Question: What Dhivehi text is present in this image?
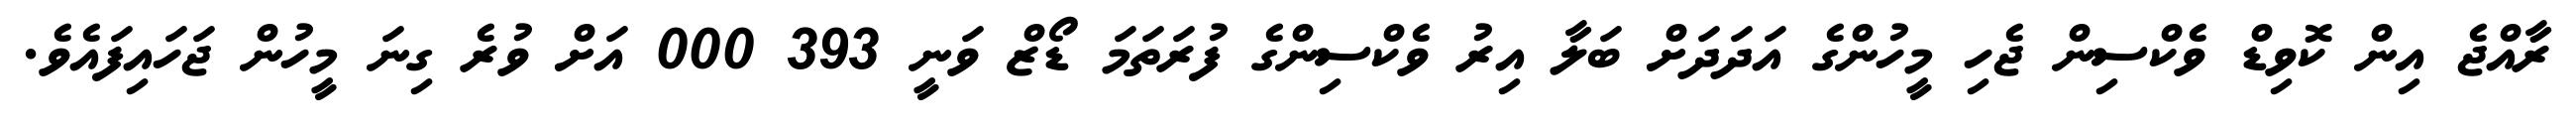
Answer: ރާއްޖެ އިން ކޮވިޑް ވެކްސިން ޖެހި މީހުންގެ އަދަދަށް ބަލާ އިރު ވެކްސިންގެ ފުރަތަމަ ޑޯޒް ވަނީ 393 000 އަށް ވުރެ ގިނަ މީހުން ޖަހައިފައެވެ.